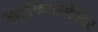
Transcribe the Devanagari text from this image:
जगदेकमल्लेश्वर